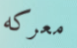
معركه